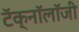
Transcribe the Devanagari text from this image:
टॅक्नॉलॉजी